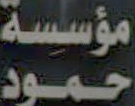
النسبة